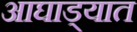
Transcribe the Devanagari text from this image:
आघाड्यात